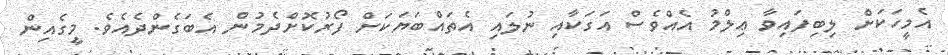
އެމީހަކަށް ލިބިފައިވާ ޢިލްމު އެއްވެސް އަގަކާއި ނުލައި އެތައްބަޔަކަށް ފޯރުކޮށްދެމުން އެބަގެންދެއެވެ. މީގެއިން